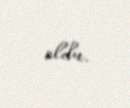
oldu.